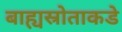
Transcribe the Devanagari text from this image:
बाह्यस्रोताकडे